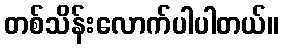
တစ်သိန်းလောက်ပါပါတယ်။